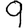
Digit: 9